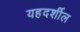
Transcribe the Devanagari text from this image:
यहदर्शील